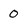
Character: 0